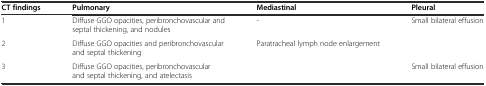
<table><thead><tr><td><b>CT findings</b></td><td><b>Pulmonary</b></td><td><b>Mediastinal</b></td><td><b>Pleural</b></td></tr></thead><tbody><tr><td>1</td><td>Diffuse GGO opacities, peribronchovascular and septal thickening, and nodules</td><td>-</td><td>Small bilateral effusion</td></tr><tr><td>2</td><td>Diffuse GGO opacities and peribronchovascular and septal thickening</td><td>Paratracheal lymph node enlargement</td><td></td></tr><tr><td>3</td><td>Diffuse GGO opacities, peribronchovascular and septal thickening, and atelectasis</td><td></td><td>Small bilateral effusion</td></tr></tbody></table>